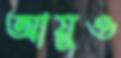
আয়ুও